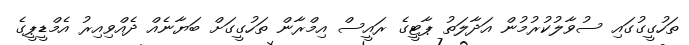
ތަހުގީގުގައި ސުވާލުކުރުމުން އަދާލަތު ޕާޓީގެ ރައީސް އިމްރާން ތަހުގީގަށް ބަޔާނެއް ދެއްވިއިރު އެމްޑީޕީގެ